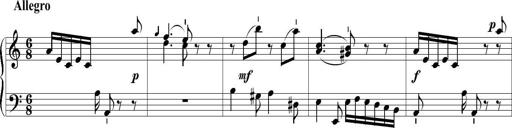
Title: 6 Leichte Sonatinen, Teil 1
Composer: F. Sigismund Sander